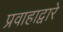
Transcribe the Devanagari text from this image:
प्रवाहाद्वारे